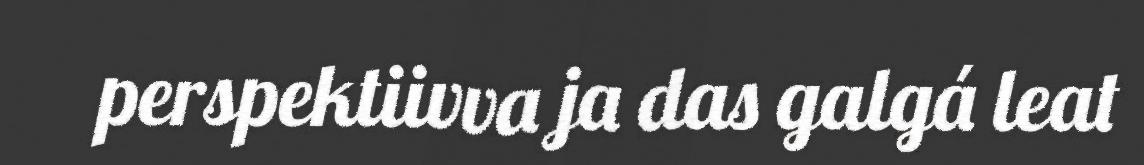
perspektiivva ja das galgá leat